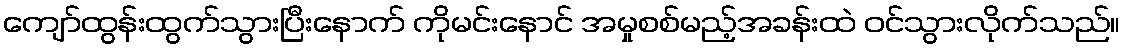
ကျော်ထွန်းထွက်သွားပြီးနောက် ကိုမင်းနောင် အမှုစစ်မည့်အခန်းထဲ ဝင်သွားလိုက်သည်။